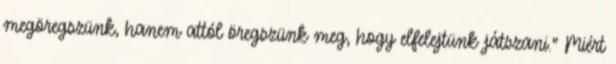
megöregszünk, hanem attól öregszünk meg, hogy elfelejtünk játszani.” Miért